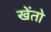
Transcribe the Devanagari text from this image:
खेंतो